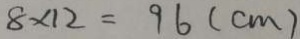
8 \times 1 2 = 9 6 ( c m )